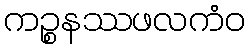
ကဉ္စနဿဖလကံဝ